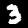
Label: 3